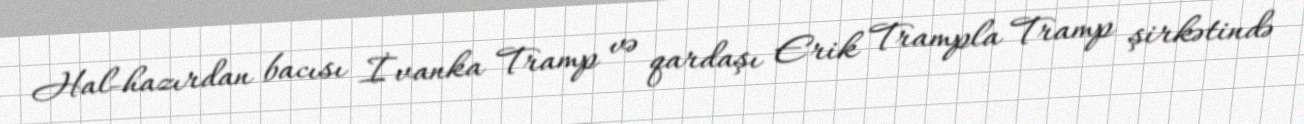
Hal-hazırdan bacısı İvanka Tramp və qardaşı Erik Trampla Tramp şirkətində